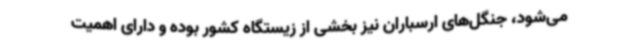
می‌شود، جنگل‌های ارسباران نیز بخشی از زیستگاه کشور بوده و دارای اهمیت